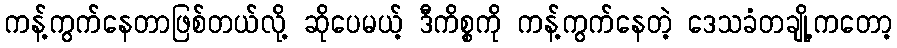
ကန့်ကွက်နေတာဖြစ်တယ်လို့ ဆိုပေမယ့် ဒီကိစ္စကို ကန့်ကွက်နေတဲ့ ဒေသခံတချို့ကတော့